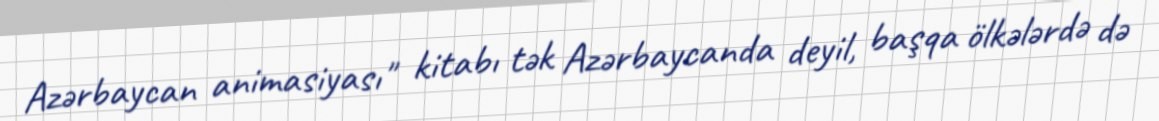
Azərbaycan animasiyası" kitabı tək Azərbaycanda deyil, başqa ölkələrdə də